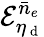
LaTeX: \mathcal{E}_{\eta_{\mathrm{~d~}}}^{\bar{n}_{e}}